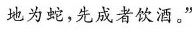
地为蛇，先成者饮酒。”